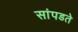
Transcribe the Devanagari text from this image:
सांपडते